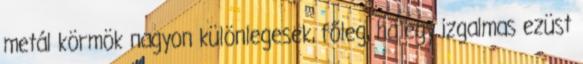
metál körmök nagyon különlegesek, főleg, ha egy izgalmas ezüst